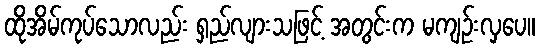
ထိုအိမ်ကုပ်သောလည်း ရှည်လျားသဖြင့် အတွင်းက မကျဉ်းလှပေ။